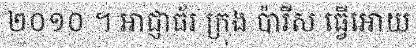
២០១០ ។ អាជ្ញាធ័រ ក្រុង ប៉ារីស ធ្វើអោយ